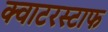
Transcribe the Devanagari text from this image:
क्वाटरस्टाफ